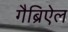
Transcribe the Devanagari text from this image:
गैब्रिऐल